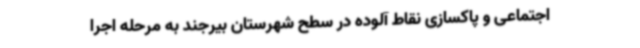
اجتماعی و پاکسازی نقاط آلوده در سطح شهرستان بیرجند به مرحله اجرا